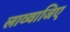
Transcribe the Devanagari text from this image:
लाव्वाजिए